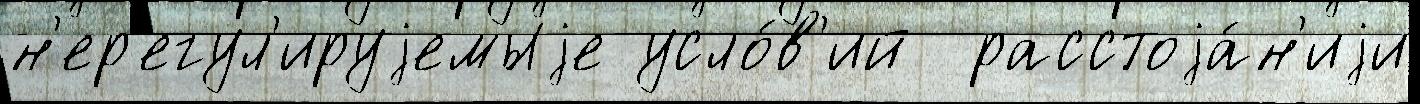
н'ер'егул'ируjемыjе усло́в'ий  расстоjа́н'иjи